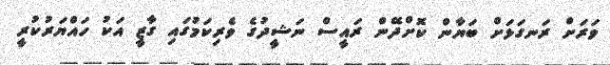
ވަރަށް ރަނގަޅަށް ބަޔާން ކޮށްދޭން ރައީސް ނަޝީދުގެ ވެރިކަމުގައި ގާޒީ އަކު ހައްޔަރުކުރީ